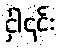
ငှါ၎င်း